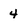
Character: 4